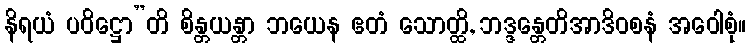
နိရယံ ပဝိဋ္ဌော”တိ စိန္တယန္တာ ဘယေန ဧတံ သောတ္ထိ, ဘဒ္ဒန္တေတိအာဒိဝစနံ အဝေါစုံ။